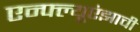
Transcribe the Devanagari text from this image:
एन्फ्ल्यूएंझाची